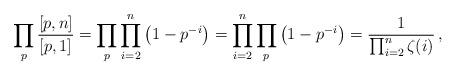
LaTeX: \begin{align*}\prod_{p}\frac{[p,n]}{[p,1]} = \prod_{p}\prod_{i=2}^n \left( 1-p^{-i}\right) = \prod_{i=2}^n\prod_{p} \left( 1-p^{-i}\right) =\frac{1}{\prod_{i=2}^n \zeta(i)}\,,\end{align*}